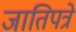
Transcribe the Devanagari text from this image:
जातिपत्रे